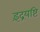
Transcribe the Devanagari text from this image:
इंद्रयष्टि